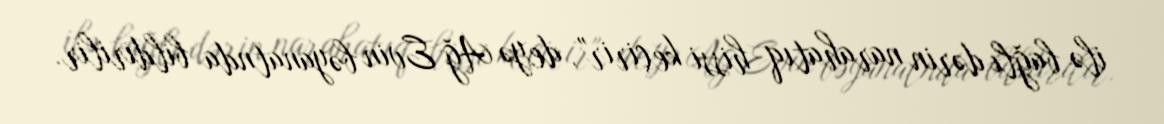
ilə bağlı dərin narahatıq hissi keçirir", deyə Ağ Evin bəyanatnda bildirilir.